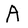
Character: A